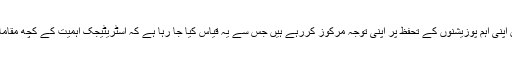
داعش کے جنگجو اس شہر میں اپنی اہم پوزیشنوں کے تحفظ پر اپنی توجہ مرکوز کررہے ہیں جس سے یہ قیاس کیا جا رہا ہے کہ اسٹریٹیجک اہمیت کے کچھ مقامات پر شدید لڑائی ہو سکتی ہے۔